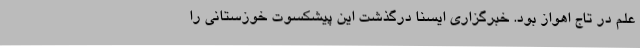
علم در تاج اهواز بود. خبرگزاری ایسنا درگذشت این پیشکسوت خوزستانی را